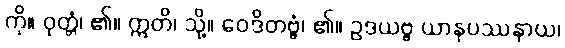
ကို။ ဝုတ္တံ၊ ၏။ ဣတိ၊ သို့။ ဝေဒိတဗ္ဗံ၊ ၏။ ဥဒယဗ္ဗ ယာနုပဿနာယ၊